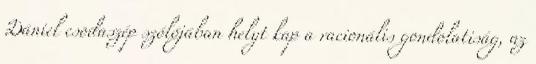
Dániel csodaszép szólójában helyt kap a racionális gondolatiság, az